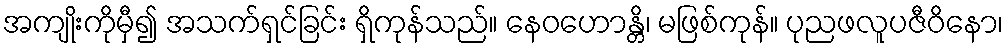
အကျိုးကိုမှီ၍ အသက်ရှင်ခြင်း ရှိကုန်သည်။ နေဝဟောန္တိ၊ မဖြစ်ကုန်။ ပုညဖလူပဇီဝိနော၊